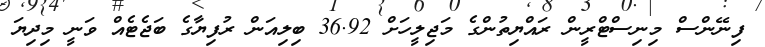
ފިނޭންސް މިނިސްޓްރީން ރައްޔިތުންގެ މަޖިލީހަށް 36.92 ބިލިއަން ރުފިޔާގެ ބަޖެޓެއް ވަނީ މިދިޔަ